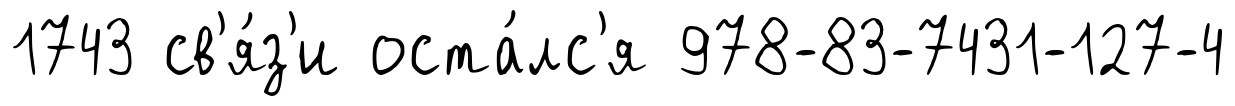
1743 св'я́з'и оста́лс'я 978-83-7431-127-4